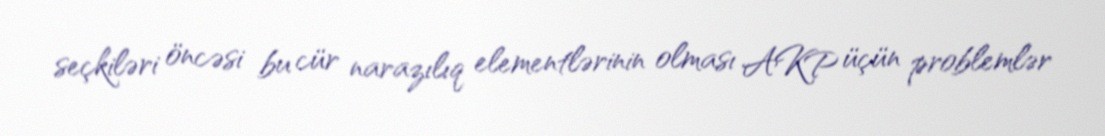
seçkiləri öncəsi bu cür narazılıq elementlərinin olması AKP üçün problemlər